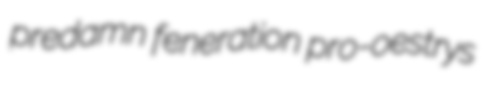
predamn feneration pro-oestrys